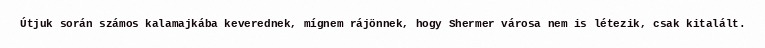
Útjuk során számos kalamajkába keverednek, mígnem rájönnek, hogy Shermer városa nem is létezik, csak kitalált.